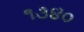
૧૩૪૦